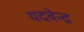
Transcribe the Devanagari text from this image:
यदवेन्द्र